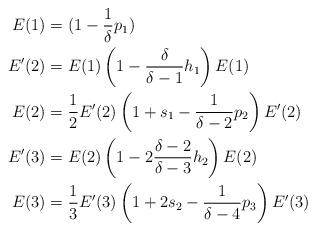
LaTeX: \begin{align*} E(1) &= (1-\frac1\delta p_1) \\ E'(2) &= E(1)\left( 1 - \frac{\delta}{\delta-1} h_1 \right) E(1) \\ E(2) &= \frac12 E'(2)\left( 1+s_1-\frac1{\delta-2}p_2 \right) E'(2) \\ E'(3) &= E(2)\left( 1 - 2\frac{\delta-2}{\delta-3} h_2 \right) E(2) \\ E(3) &= \frac13 E'(3)\left( 1+2s_2-\frac1{\delta-4}p_3 \right) E'(3) \end{align*}